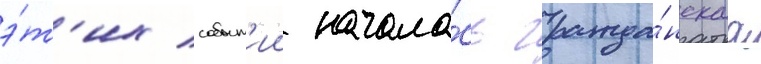
э́т'их событ'ии начала́сь гражда́нскаа